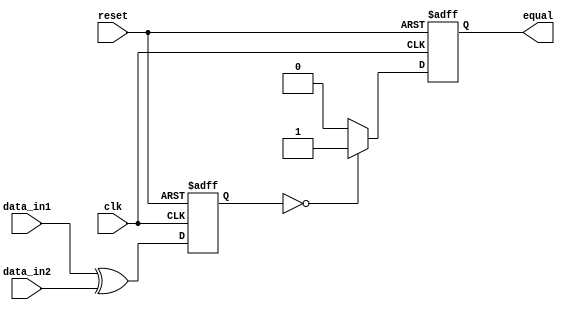
module serial_comparator(
    input wire clk,
    input wire reset,
    input wire [7:0] data_in1,
    input wire [7:0] data_in2,
    output wire equal
);

reg [7:0] temp_data;

always @(posedge clk or posedge reset) begin
    if (reset) begin
        temp_data <= 8'b00000000;
        equal <= 1'b0;
    end else begin
        temp_data <= data_in1 ^ data_in2;
        equal <= (temp_data == 8'b00000000) ? 1'b1 : 1'b0;
    end
end

endmodule